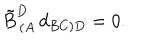
LaTeX: \tilde { B } _ { \, ( A } ^ { D } \, d _ { B C ) D } = 0 .